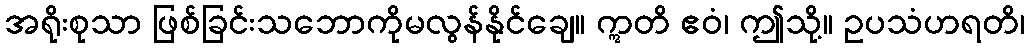
အရိုးစုသာ ဖြစ်ခြင်းသဘောကိုမလွန်နိုင်ချေ။ ဣတိ ဧဝံ၊ ဤသို့။ ဥပသံဟရတိ၊